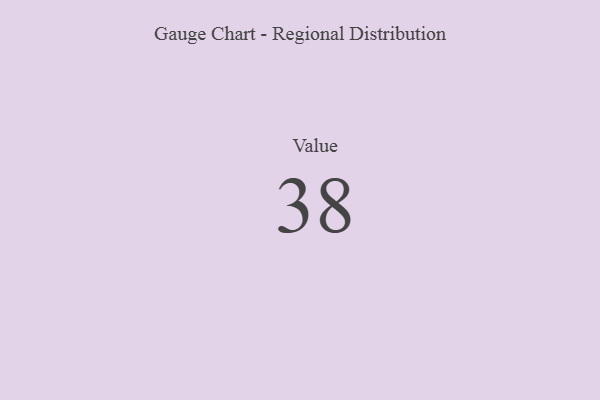
{"axis": {"x": "Metric", "y": "Value"}, "legend": [""], "data": [{"x": "Value", "y": 38, "type": ""}]}